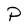
Character: P